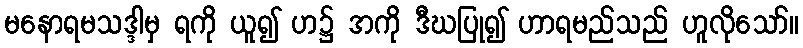
မနောရမသဒ္ဒါမှ ရကို ယူ၍ ဟ၌ အကို ဒီဃပြု၍ ဟာရမည်သည် ဟူလိုသော်။